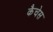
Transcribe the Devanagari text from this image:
कैचेस